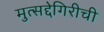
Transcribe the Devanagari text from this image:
मुत्सद्देगिरीची